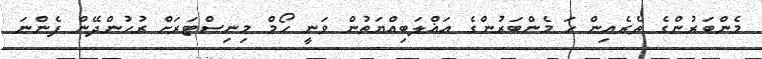
މެންބަރުންގެ ތެރެއިން ހަ މެންބަރުންގެ އަޣްލަބިއްޔަތުން ވަނީ ހޯމް މިނިސްޓަރަށް ރުހުންދޭން ފެންނަ